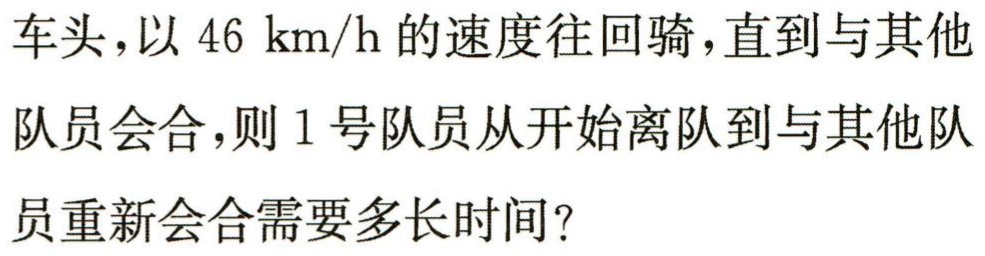
车头，以 \(46\ \text{km/h}\) 的速度往回骑，直到与其他队员会合，则 1 号队员从开始离队到与其他队员重新会合需要多长时间？